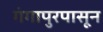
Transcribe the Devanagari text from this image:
गंगापुरपासून